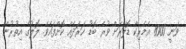
ވަނީ 8000 އެމެރިކާ ޑޮލަރަށް ވުރެ ބޮޑު ޚަރަދެއް ކޮށްފައެވެ. ލޮލުގެ އިތުރުން